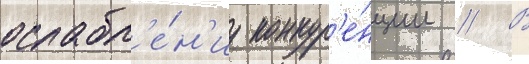
ослабл'е́н'иу конкур'е́нции // В